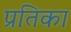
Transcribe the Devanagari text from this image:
प्रतिका